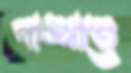
পাঙ্খাতে